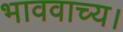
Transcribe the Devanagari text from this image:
भाववाच्य।